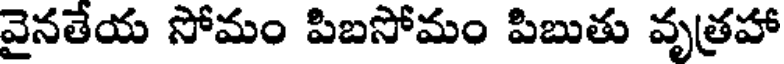
వైనతేయ సోమం పిబసోమం పిబుతు వృత్రహా